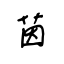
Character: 茵